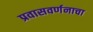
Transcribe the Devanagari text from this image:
प्रवासवर्णनाचा